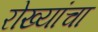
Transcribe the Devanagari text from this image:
रोख्यांचा